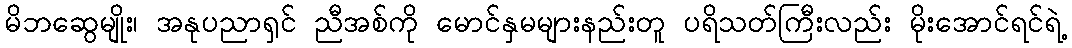
မိဘဆွေမျိုး၊ အနုပညာရှင် ညီအစ်ကို မောင်နှမများနည်းတူ ပရိသတ်ကြီးလည်း မိုးအောင်ရင်ရဲ့